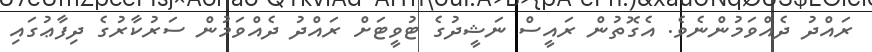
ރައްދު ދެއްވަމުންނެވެ. އެގޮތުން ރައީސް ނަޝީދުގެ ޓުވީޓަށް ރައްދު ދެއްވަމުން ސަރުކާރުގެ ދިފާޢުގައި